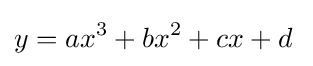
y=ax^{3}+bx^{2}+cx+d\;